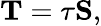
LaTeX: \mathbf{T}=\tau\mathbf{S},